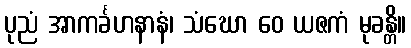
ပုညံ အာကင်္ခဟနာနံ၊ သံဃော ဝေ ယဇကံ မုခန္တိ။